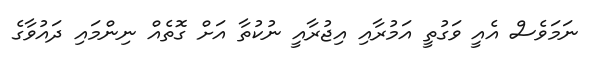
ނަމަވެސް އެއީ ވަގުތީ އަމުރާއި އިޖުރާއީ ނުކުތާ އަށް ގޮތެއް ނިންމައި ދައުވާގެ